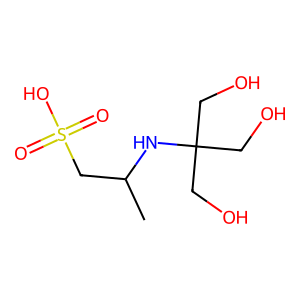
SMILES: CC(CS(=O)(=O)O)NC(CO)(CO)CO
Inhibits HIV replication: No